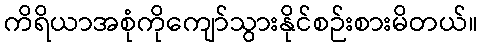
ကိရိယာအစုံကိုကျော်သွားနိုင်စဉ်းစားမိတယ်။